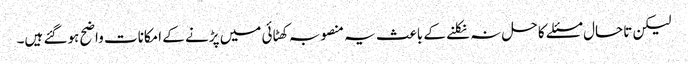
لیکن تاحال مسئلے کا حل نہ نکلنے کے باعث یہ منصوبہ کھٹائی میں پڑنے کے امکانات واضح ہوگئے ہیں۔